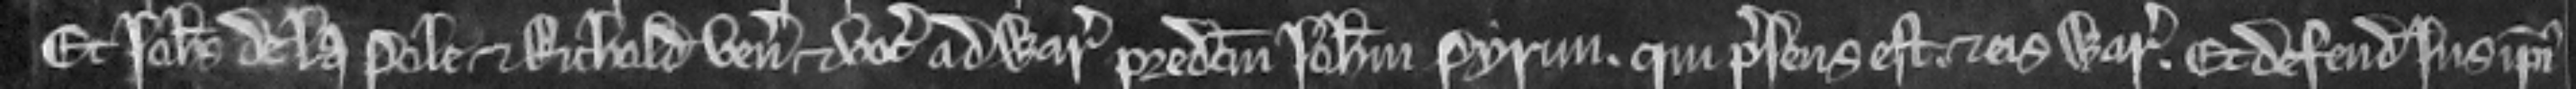
Et Johannes de la Pole et Richelda veniunt et vocant ad warantum predictum Johannem Pyrun qui presens est et eis warantizat. Et defendit jus ipsius